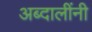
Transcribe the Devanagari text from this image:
अब्दालींनी